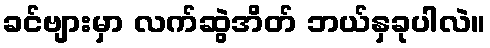
ခင်ဗျားမှာ လက်ဆွဲအိတ် ဘယ်နှခုပါလဲ။